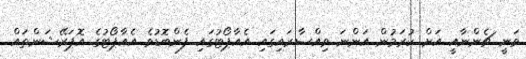
ވަނީ ޗެންނާއީ އަށް ކުރަމުން އަންނަ ވިއްސާރައިގައި އެއާޕޯޓުގައި ފެންބޮޑުވެ އެއާޕޯޓުގެ އޮޕަރޭޝަންތައް